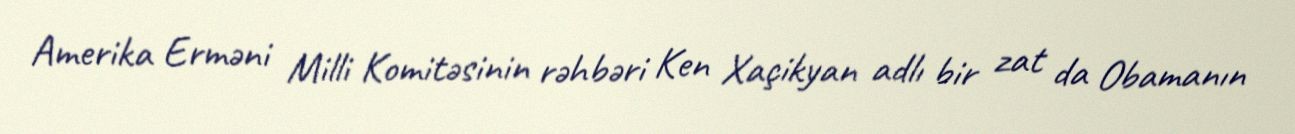
Amerika Erməni Milli Komitəsinin rəhbəri Ken Xaçikyan adlı bir zat da Obamanın